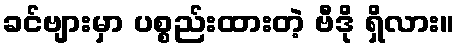
ခင်ဗျားမှာ ပစ္စည်းထားတဲ့ ဗီဒို ရှိလား။